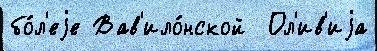
бо́л'еjе Вав'ило́нской  Ол'ив'иjа